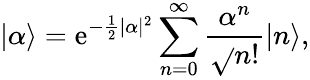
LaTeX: |\alpha\rangle=\mathrm{e}^{-\frac{1}{2}|\alpha|^{2}}\sum_{n=0}^{\infty}\frac{{\alpha^{n}}}{{\sqrt{}{{n!}}}}|n\rangle,